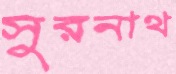
সুরনাথ